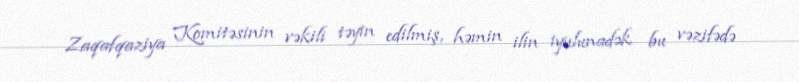
Zaqafqaziya Komitəsinin vəkili təyin edilmiş, həmin ilin iyulunadək bu vəzifədə